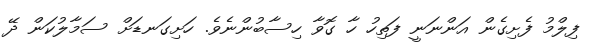
ފިލްމު ފެށިގެން އަންނަނީ ފަތިހު ހާ ގޮވާ ހިސާބުންނެވެ. ހަށިގަނޑަށް ސަމާލުކަން ދޭ